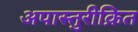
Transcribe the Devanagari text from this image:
अपास्तुरीक्रित